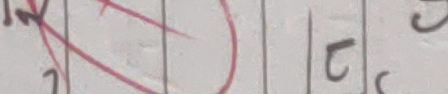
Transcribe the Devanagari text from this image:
र